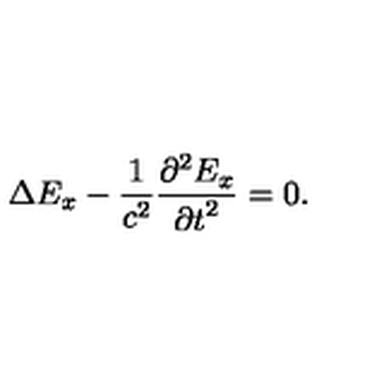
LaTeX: \Delta E _ { x } - \frac { 1 } { c ^ { 2 } } \frac { { \partial } ^ { 2 } E _ { x } } { { \partial t } ^ { 2 } } = 0 .